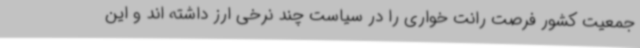
جمعیت کشور فرصت رانت خواری را در سیاست چند نرخی ارز داشته اند و این